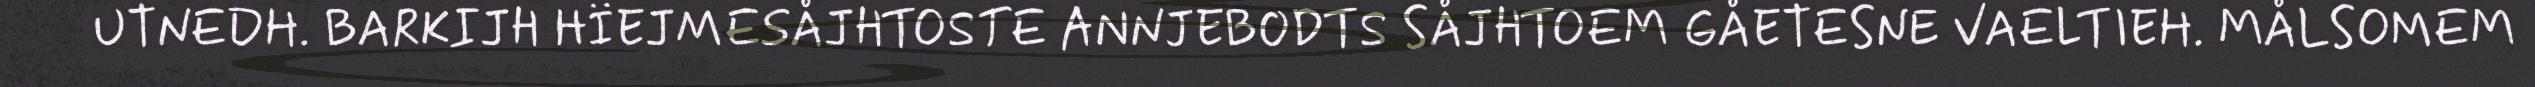
UTNEDH. BARKIJH HÏEJMESÅJHTOSTE ANNJEBODTS SÅJHTOEM GÅETESNE VAELTIEH. MÅLSOMEM